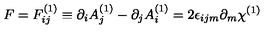
F = F _ { i j } ^ { ( 1 ) } \equiv \partial _ { i } A _ { j } ^ { ( 1 ) } - \partial _ { j } A _ { i } ^ { ( 1 ) } = 2 \epsilon _ { i j m } \partial _ { m } \chi ^ { ( 1 ) }